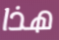
هذا